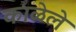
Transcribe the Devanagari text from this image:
काळेले